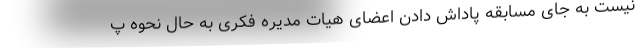
نیست به جای مسابقه پاداش دادن اعضای هیات مدیره فکری به حال نحوه پ